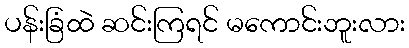
ပန်းခြံထဲ ဆင်းကြရင် မကောင်းဘူးလား